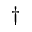
^ \dagger